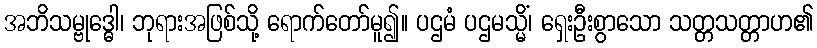
အဘိသမ္ဗုဒ္ဓေါ၊ ဘုရားအဖြစ်သို့ ရောက်တော်မူ၍။ ပဌမံ ပဌမသ္မိံ၊ ရှေးဦးစွာသော သတ္တသတ္တာဟ၏